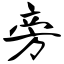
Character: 旁